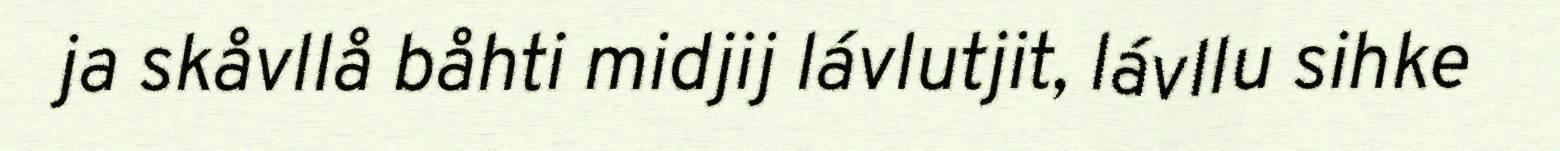
ja skåvllå båhti midjij lávlutjit, lávllu sihke